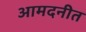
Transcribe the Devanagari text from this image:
आमदनीत